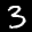
Label: 3